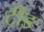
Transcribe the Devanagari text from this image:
टीड